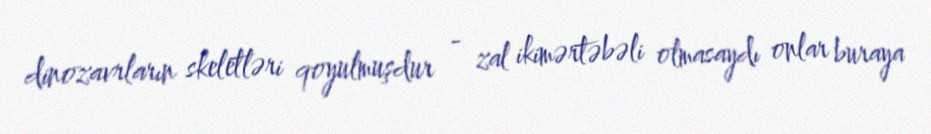
dinozavrların skeletləri qoyulmuşdur - zal ikimərtəbəli olmasaydı onlar buraya